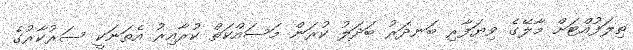
ތިލަފުއްޓަށް މާލޭގެ ވިޔަފާރި ބަނދަރު ބަދަލު ކުރަން މަސައްކަތް ކުރާއިރު އެތަނަކީ ސަރުކާރުގެ